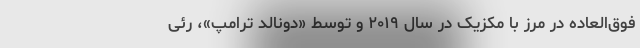
فوق‌العاده در مرز با مکزیک در سال ۲۰۱۹ و توسط «دونالد ترامپ»، رئی